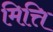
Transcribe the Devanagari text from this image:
मित्ति